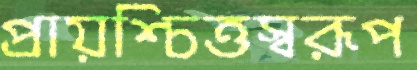
প্রায়শ্চিত্তস্বরূপ